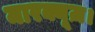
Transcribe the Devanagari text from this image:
मारक्यूज़।